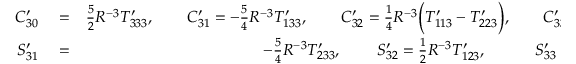
\begin{array} { r l r } { C _ { 3 0 } ^ { \prime } } & { { } = } & { { \textstyle \frac { 5 } { 2 } } R ^ { - 3 } { \cal T } _ { 3 3 3 } ^ { \prime } , \qquad C _ { 3 1 } ^ { \prime } = - { \textstyle \frac { 5 } { 4 } } R ^ { - 3 } { \cal T } _ { 1 3 3 } ^ { \prime } , \qquad C _ { 3 2 } ^ { \prime } = { \textstyle \frac { 1 } { 4 } } R ^ { - 3 } \Big ( { \cal T } _ { 1 1 3 } ^ { \prime } - { \cal T } _ { 2 2 3 } ^ { \prime } \Big ) , \qquad C _ { 3 3 } ^ { \prime } = { \textstyle \frac { 1 } { 2 4 } } R ^ { - 3 } \Big ( 3 { \cal T } _ { 1 2 2 } ^ { \prime } - { \cal T } _ { 1 1 1 } ^ { \prime } \Big ) , } \\ { S _ { 3 1 } ^ { \prime } } & { { } = } & { - { \textstyle \frac { 5 } { 4 } } R ^ { - 3 } { \cal T } _ { 2 3 3 } ^ { \prime } , \qquad \, S _ { 3 2 } ^ { \prime } = { \textstyle \frac { 1 } { 2 } } R ^ { - 3 } { \cal T } _ { 1 2 3 } ^ { \prime } , \qquad ~ ~ ~ S _ { 3 3 } ^ { \prime } = { \textstyle \frac { 1 } { 2 4 } } R ^ { - 3 } \Big ( { \cal T } _ { 2 2 2 } ^ { \prime } - 3 { \cal T } _ { 1 1 2 } ^ { \prime } \Big ) . ~ ~ } \end{array}